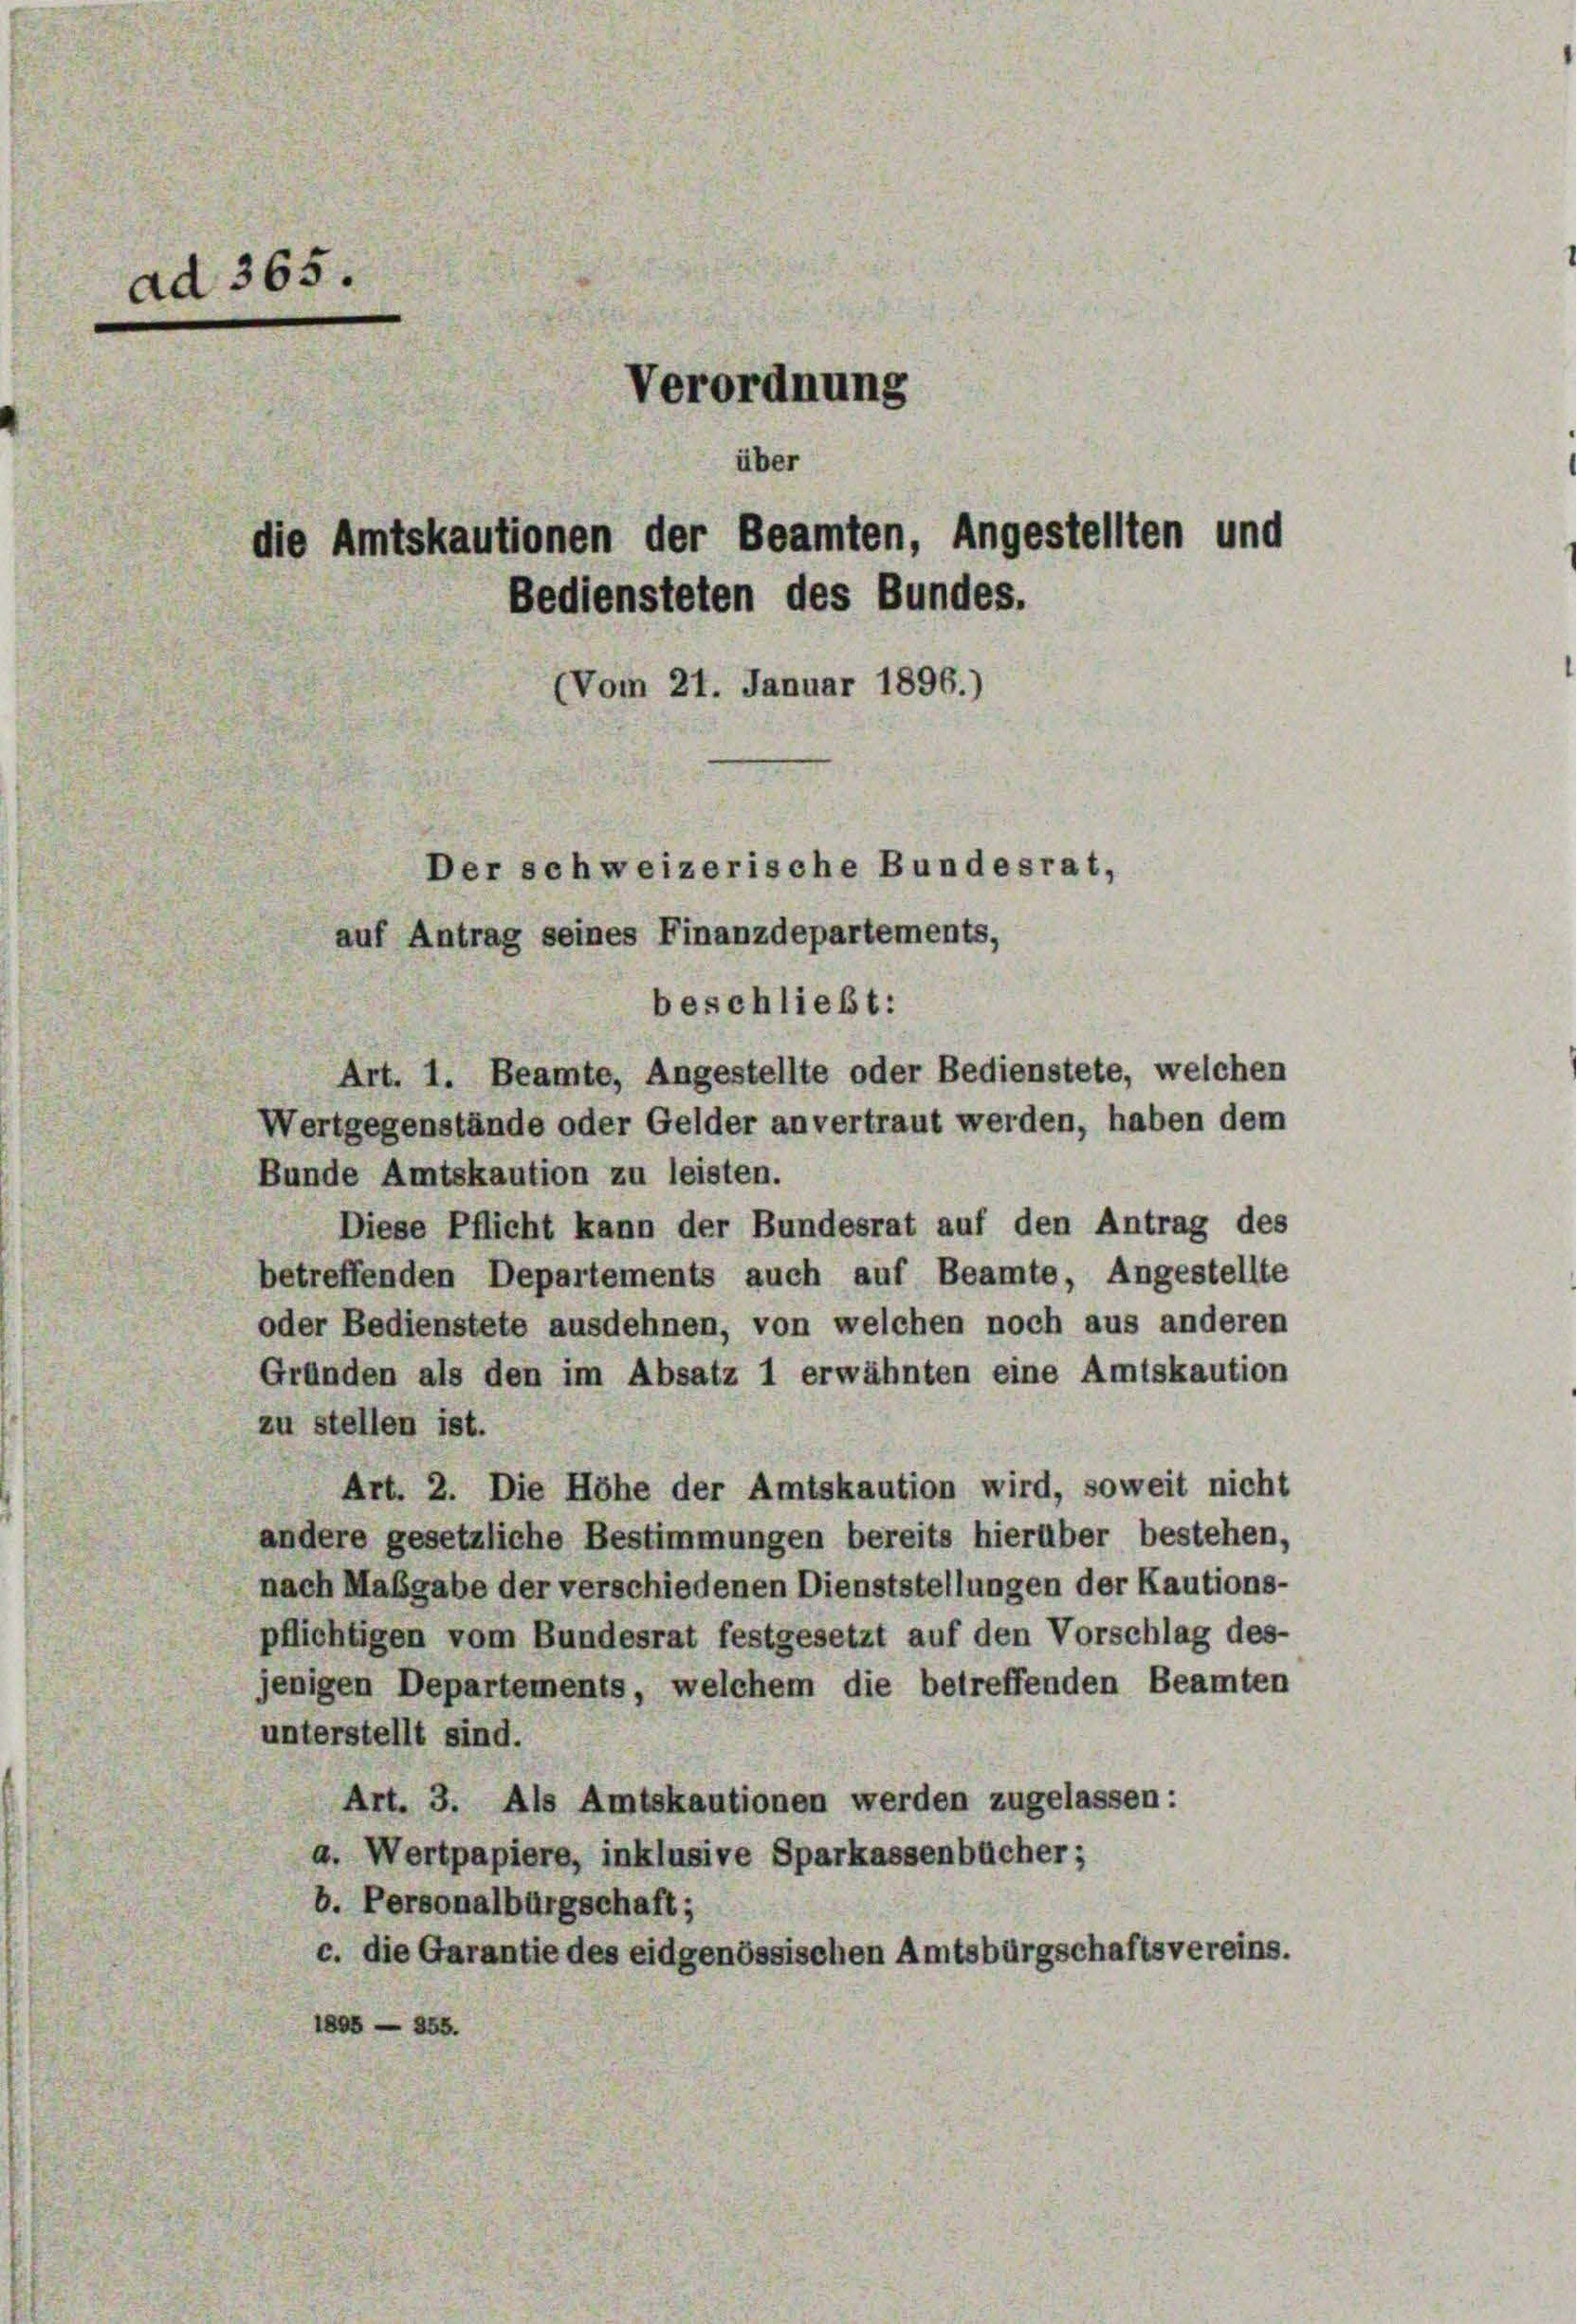
Art. 1. Beamte, Angestellte oder Bedienstete, welchen
Wertgegenstände oder Gelder anvertraut werden, haben dem
Bunde Amtskaution zu leisten.
Diese Pflicht kann der Bundesrat auf den Antrag des
betreffenden Departements auch auf Beamte, Angestellte
oder Bedienstete ausdehnen, von welchen noch aus anderen
Gründen als den im Absatz 1 erwähnten eine Amtskaution
zu stellen ist.
Art. 2. Die Höhe der Amtskaution wird, soweit nicht
andere gesetzliche Bestimmungen bereits hierüber bestehen,
nach Maßgabe der verschiedenen Dienststellungen der Kautions-
pflichtigen vom Bundesrat festgesetzt auf den Vorschlag des-
jenigen Departements, welchem die betreffenden Beamten
unterstellt sind.
Art. 3. Als Amtskautionen werden zugelassen:
a. Wertpapiere, inklusive Sparkassenbücher;
b. Personalbürgschaft;
c. die Garantie des eidgenössischen Amtsbürgschaftsvereins.
1895 — 355.

ad 365.
Verordnung
über
die Amtskautionen der Beamten, Angestellten und
Bediensteten des Bundes.
(Vom 21. Januar 1896.)
Der schweizerische Bundesrat,
auf Antrag seines Finanzdepartements,
beschließt: